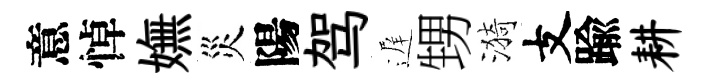
意悼嫵災陽驾遅甥漪支踰耕